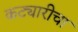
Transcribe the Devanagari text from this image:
कट्यारीचा